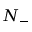
N _ { - }